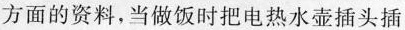
方面的资料，当做饭时把电热水壶插头插